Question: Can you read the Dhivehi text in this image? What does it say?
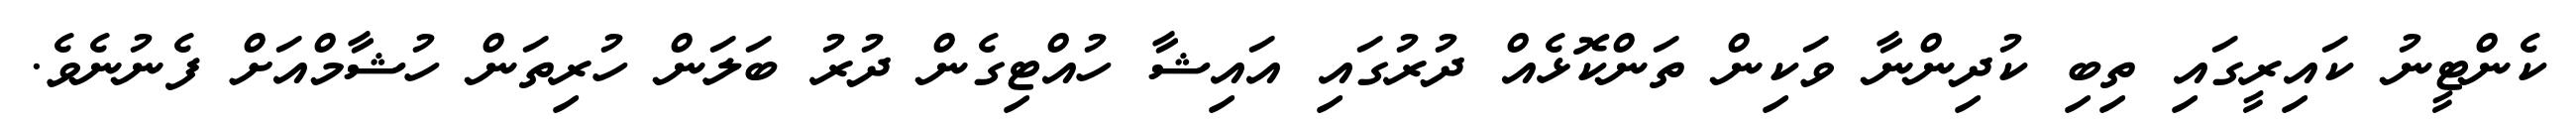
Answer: ކެންޓީނު ކައިރީގައި ތިބި ކުދިންނާ ވަކިން ތަންކޮޅެއް ދުރުގައި އައިޝާ ހުއްޓިގެން ދުރު ބަލަން ހުރިތަން ހުޝާމްއަށް ފެނުނެވެ.